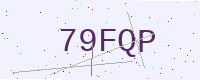
Text: 79FQP